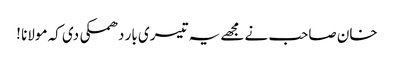
خان صاحب نے مجھے یہ تیسری بار دھمکی دی کہ مولانا !